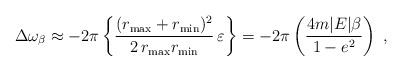
LaTeX: \begin{align*}\Delta\omega_{\beta}\approx -2\pi\left\{ \frac{(r_{\max} + r_{\min})^2}{2\,r_{\max} r_{\min}}\, \varepsilon \right\}= -2\pi\left( \frac{ 4 m|E|\beta }{ 1-e^2 } \right)\;,\end{align*}